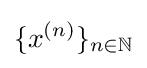
\{x^{(n)}\}_{n\in \mathbb {N} }